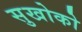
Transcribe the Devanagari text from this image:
सुखोको